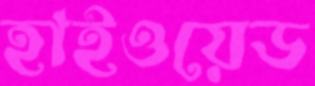
হাইওয়েড